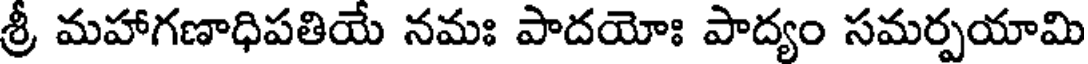
శ్రీ మహాగణాధిపతియే నమః పాదయోః పాద్యం సమర్పయామి